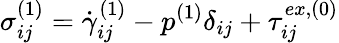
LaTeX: \sigma_{ij}^{(1)}=\dot{\gamma}_{ij}^{(1)}-p^{(1)}\delta_{ij}+\tau_{ij}^{ex,(0)}